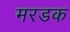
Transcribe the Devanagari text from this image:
मरडक